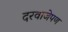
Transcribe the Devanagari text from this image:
दरवाजेपण